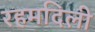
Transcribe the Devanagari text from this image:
रहमदिली